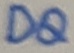
Text: DQ